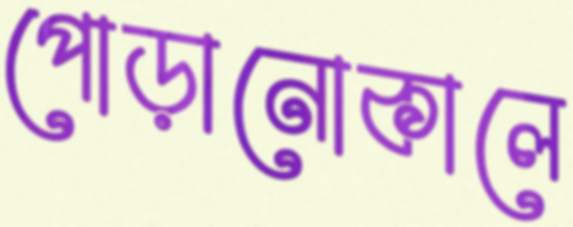
পোড়ানোকালে